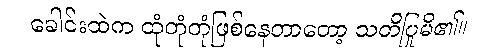
ခေါင်းထဲက ထုံတုံတုံဖြစ်နေတာတော့ သတိပြုမိ၏။